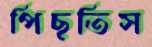
পিছতিস